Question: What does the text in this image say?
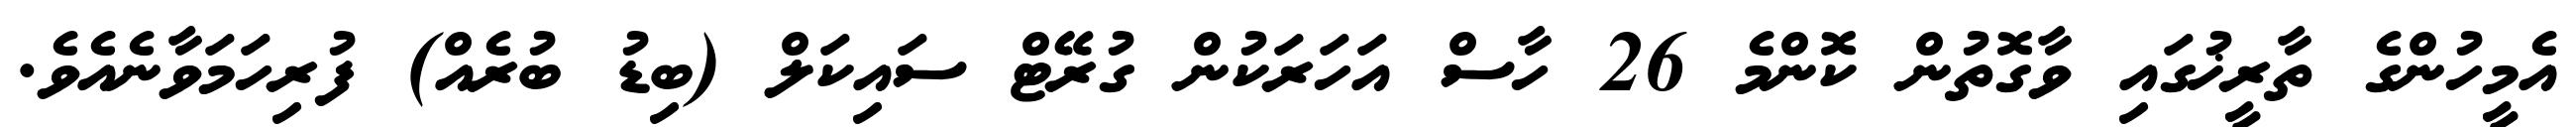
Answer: އެމީހުންގެ ތާރީޚުގައި ވާގޮތުން ކޮންމެ 26 ހާސް އަހަރަކުން ގުރޭޓް ސައިކަލް (ބިޑު ބުރެއް) ފުރިހަމަވާނެއެވެ.